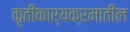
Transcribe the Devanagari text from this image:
कृतीकार्यक्रमातील